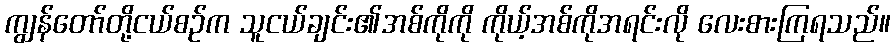
ကျွန်တော်တို့ငယ်စဉ်က သူငယ်ချင်း၏အစ်ကိုကို ကိုယ့်အစ်ကိုအရင်းလို လေးစားကြရသည်။